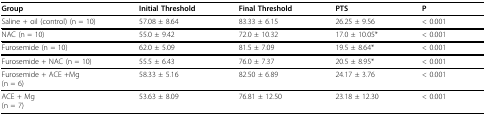
<table><thead><tr><td><b>Group</b></td><td><b>Initial Threshold</b></td><td><b>Final Threshold</b></td><td><b>PTS</b></td><td><b>P</b></td></tr></thead><tbody><tr><td>Saline + oil (control) (n = 10)</td><td>57.08 ± 8.64</td><td>83.33 ± 6.15</td><td>26.25 ± 9.56</td><td>&lt; 0.001</td></tr><tr><td>NAC (n = 10)</td><td>55.0 ± 9.42</td><td>72.0 ± 10.32</td><td>17.0 ± 10.05*</td><td>&lt; 0.001</td></tr><tr><td>Furosemide (n = 10)</td><td>62.0 ± 5.09</td><td>81.5 ± 7.09</td><td>19.5 ± 8.64*</td><td>&lt; 0.001</td></tr><tr><td>Furosemide + NAC (n = 10)</td><td>55.5 ± 6.43</td><td>76.0 ± 7.37</td><td>20.5 ± 8.95*</td><td>&lt; 0.001</td></tr><tr><td>Furosemide + ACE +Mg(n = 6)</td><td>58.33 ± 5.16</td><td>82.50 ± 6.89</td><td>24.17 ± 3.76</td><td>&lt; 0.001</td></tr><tr><td>ACE + Mg(n = 7)</td><td>53.63 ± 8.09</td><td>76.81 ± 12.50</td><td>23.18 ± 12.30</td><td>&lt; 0.001</td></tr></tbody></table>